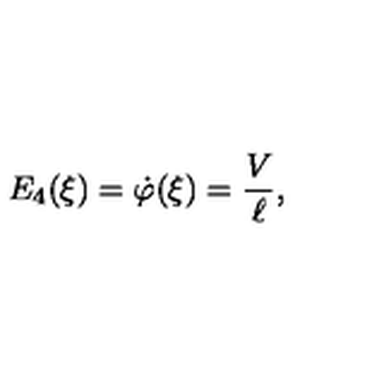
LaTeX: E _ { 4 } ( \xi ) = \dot { \varphi } ( \xi ) = \frac V \ell ,